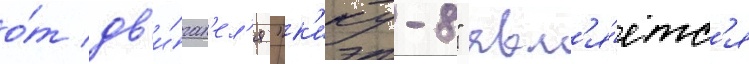
о́т дв'и́гат'ел'я "к'ику-8" явл'я́етс'я